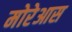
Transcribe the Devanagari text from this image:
मोरेआस